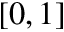
[ 0 , 1 ]